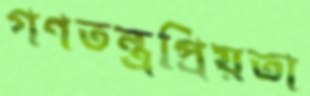
গণতন্ত্রপ্রিয়তা